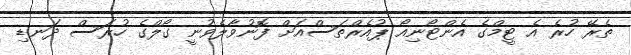
ތެރޭ ހުރެ އެ ޓީމްގެ އެންޓޯނިއޯ ޕުއެރްތަސްއަށް ފޮނުވާލެވުނީ ގޯލްގެ ހުރަސް ދަނޑި